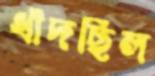
ধাঁদছিল